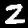
Digit: 2